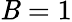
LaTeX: \mathit{B}=1